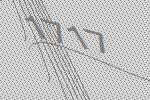
1717